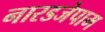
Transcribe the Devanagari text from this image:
नारडजेपाम